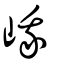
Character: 峨